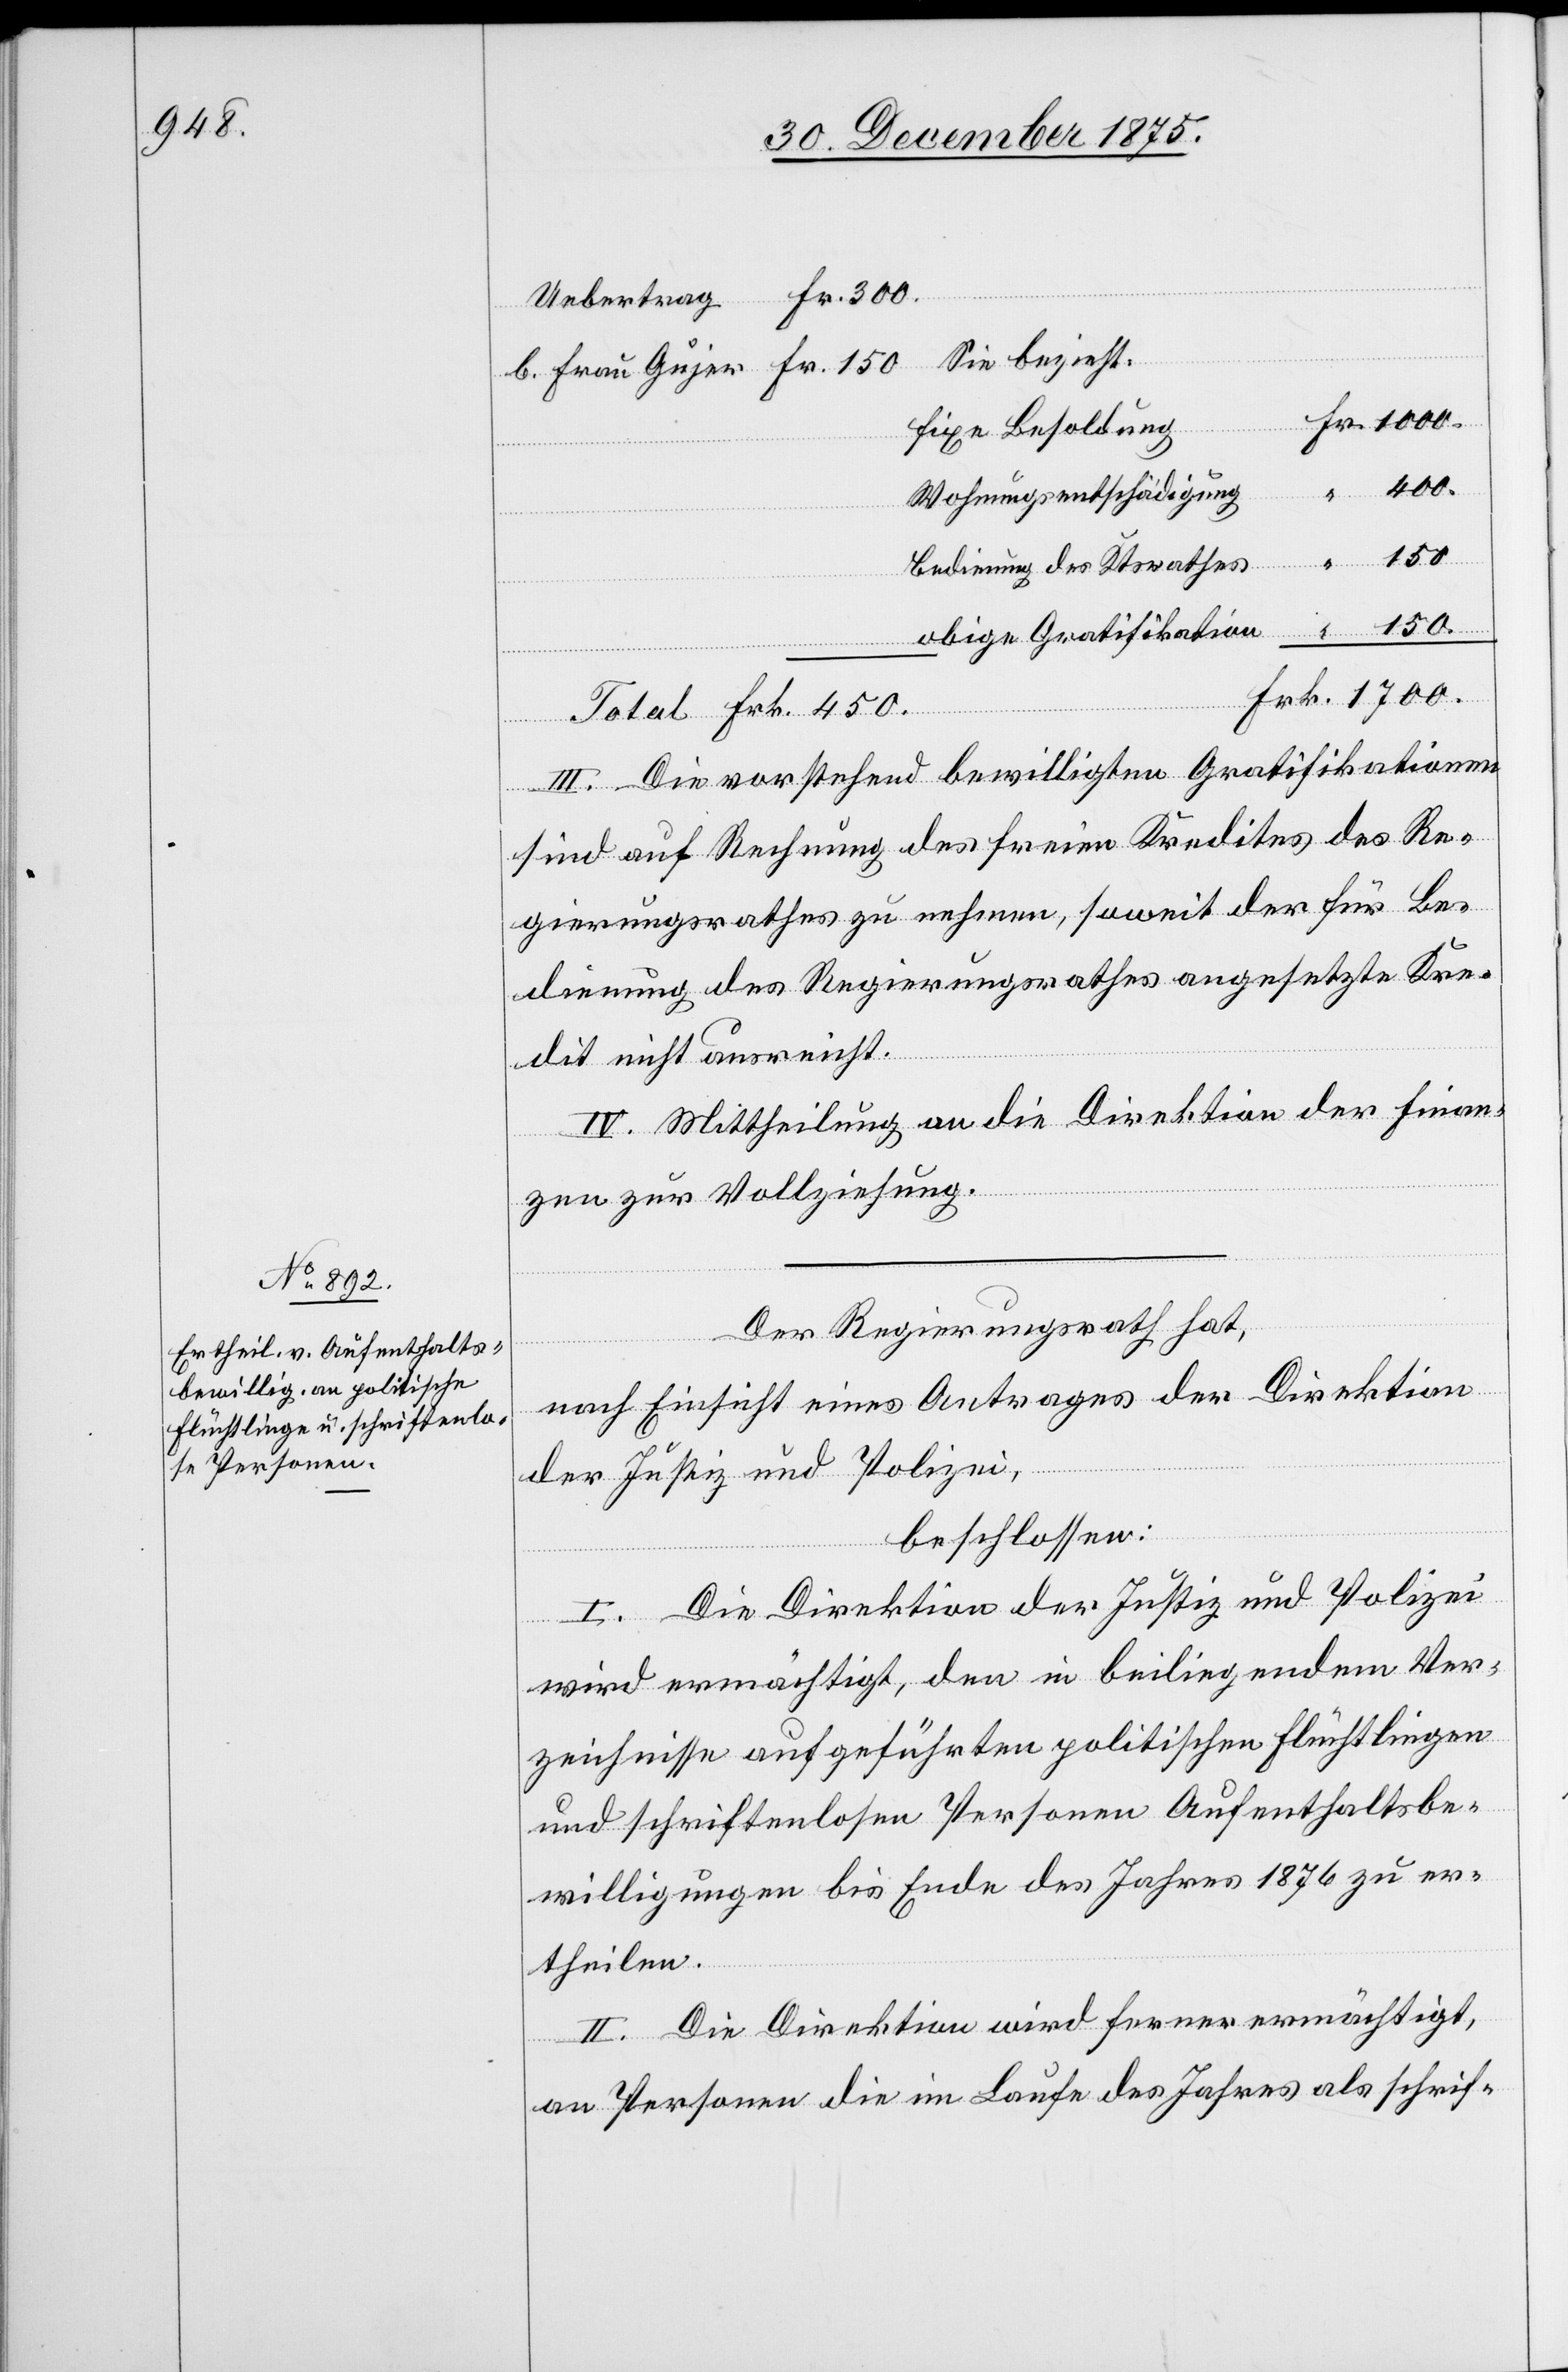
400.

Uebertrag
Sie bezieht:
fixe Besoldung
Wohnungsentschädigung
Bedienung des Ktsrathes
150.
obige Gratifikation
Frk.
III. Die vorstehend bewilligten Gratifikationen
sind auf Rechnung des freien Kredites des Re¬
gierungsrathes zu nehmen, soweit der für Be¬
dienung des Regierungsrathes angesetzte Kre¬
dit nicht ausreicht.
IV. Mittheilung an die Direktion der Finan¬
zen zur Vollziehung.
Der Regierungsrath hat,
nach Einsicht eines Antrages der Direktion
der Justiz und Polizei,
beschlossen:
I. Die Direktion der Justiz und Polizei
wird ermächtigt, den in beiliegendem Ver¬
zeichnisse aufgeführten politischen Flüchtlingen
und schriftenlosen Personen Aufenthaltsbe¬
willigungen bis Ende des Jahres 1876 zu er¬
theilen.
II. Die Direktion wird ferner ermächtigt,
an Personen die im Laufe des Jahres als schrif-